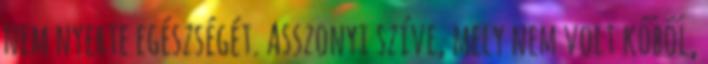
nem nyerte egészségét. Asszonyi szíve, mely nem volt kőből,